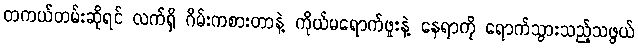
တကယ်တမ်းဆိုရင် လက်ရှိ ဂိမ်းကစားတာနဲ့ ကိုယ်မရောက်ဖူးနဲ့ နေရာကို ရောက်သွားသည့်သဖွယ်